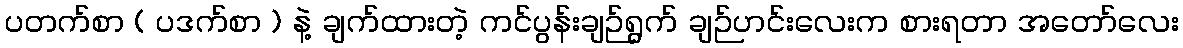
ပတက်စာ ( ပဒက်စာ ) နဲ့ ချက်ထားတဲ့ ကင်ပွန်းချဉ်ရွက် ချဉ်ဟင်းလေးက စားရတာ အတော်လေး